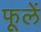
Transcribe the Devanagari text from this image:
फूलें